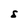
Character: s